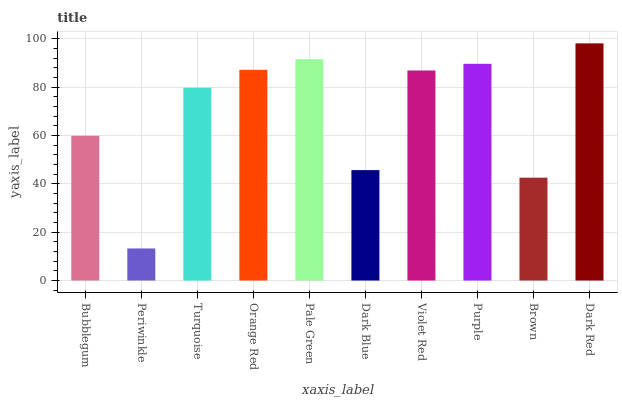
| xaxis_label | bars |
 | --- | --- |
 | Bubblegum | 59.9 |
 | Periwinkle | 13.3 |
 | Turquoise | 79.7 |
 | Orange Red | 87.1 |
 | Pale Green | 91.5 |
 | Dark Blue | 45.7 |
 | Violet Red | 86.9 |
 | Purple | 89.6 |
 | Brown | 42.5 |
 | Dark Red | 98.1 |